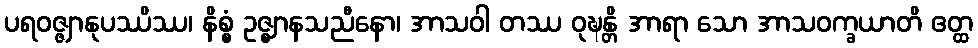
ပရဝဇ္ဇျာနုပဿိဿ၊ နိစ္စံ ဥဇ္ဈာနသညီနော၊ အာသဝါ တဿ ဝုဍ္ဎန္တိ အာရာ သော အာသဝက္ခယာတိ ဧတ္ထ